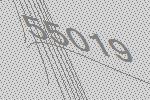
55019